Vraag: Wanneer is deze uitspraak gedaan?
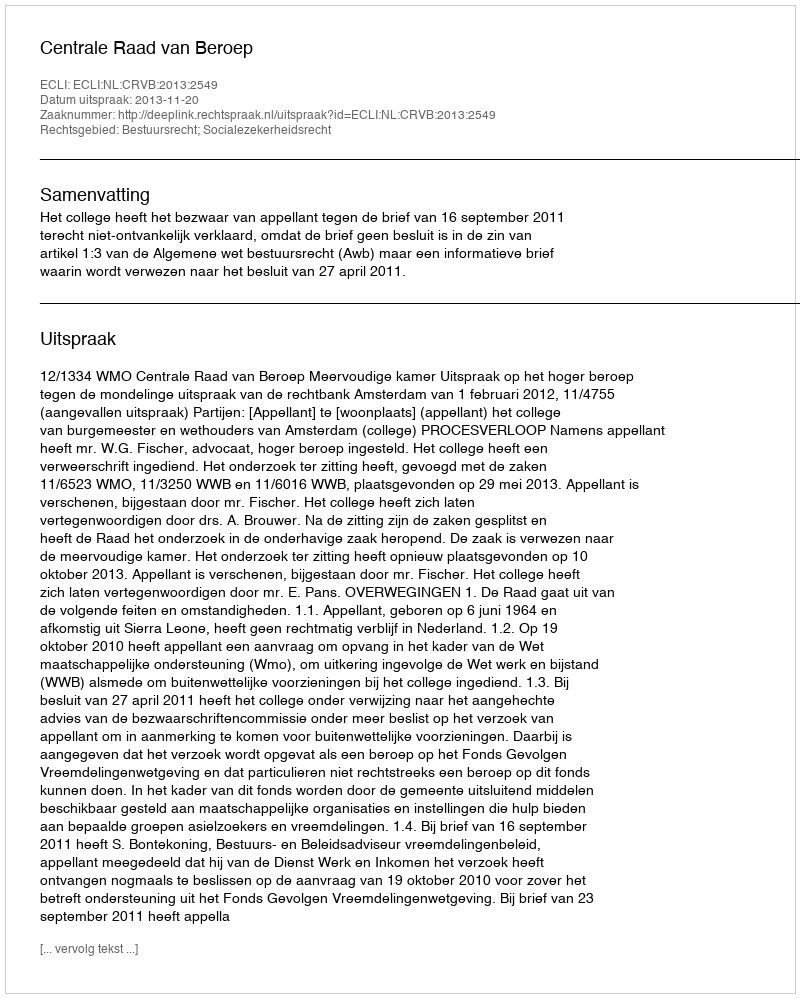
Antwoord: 2013-11-20